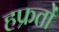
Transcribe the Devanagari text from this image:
हफ्रतों